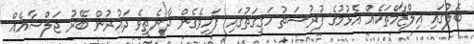
ބޮލުގައި އިލްޒާމްތަކެއް އެޅުމުގެ ފުރުސަތު ހަގީގަތުގައި ފަހިވެގެން ދާނެތީވެ ދައުރުން ބޭރު ޖަލްސާއެއް